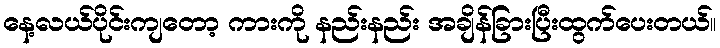
နေ့လယ်ပိုင်းကျတော့ ကားကို နည်းနည်း အချိန်ခြားပြီးထွက်ပေးတယ်။